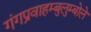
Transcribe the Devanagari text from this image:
गंगप्रवाहम्बुलुम्बोले